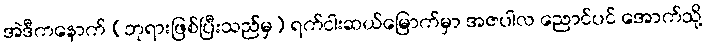
အဲဒီကနောက် (ဘုရားဖြစ်ပြီးသည်မှ) ရက်ငါးဆယ်မြောက်မှာ အဇပါလ ညောင်ပင် အောက်သို့